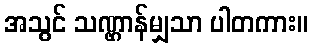
အသွင် သဏ္ဌာန်မျှသာ ပါတကား။